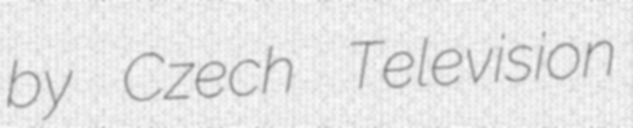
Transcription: by Czech Television